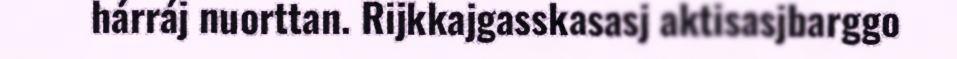
hárráj nuorttan. Rijkkajgasskasasj aktisasjbarggo